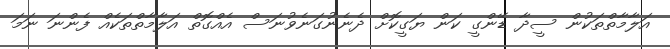
އަލާމާތްތަކުން ސީދާ ޑޭންގީ ކަން ޔަގީކޮށް ދެނެނުގަނެވުނަސް އެއްގޮތް އަލާމާތްތަކެއް ފެންނަ ނަމަ